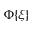
\Phi \{ \xi \}